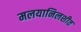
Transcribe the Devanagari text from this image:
मलयानिलशीत